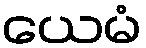
ယေမံ